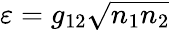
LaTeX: \varepsilon=g_{12}\sqrt{n_{1}n_{2}}